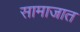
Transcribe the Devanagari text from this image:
सामाजात